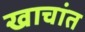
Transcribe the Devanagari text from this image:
खाचांत